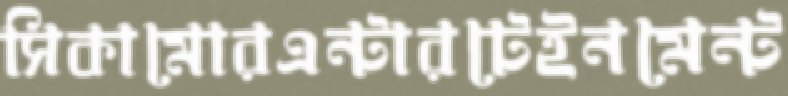
সিকামোরএন্টারটেইনমেন্ট